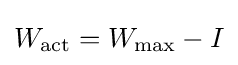
W_{\text{act}}=W_{\text{max}}-I